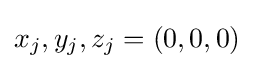
x_{j},y_{j},z_{j}=(0,0,0)